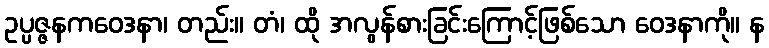
ဥပ္ပဇ္ဇနကဝေဒနာ၊ တည်း။ တံ၊ ထို အလွန်စားခြင်းကြောင့်ဖြစ်သော ဝေဒနာကို။ န